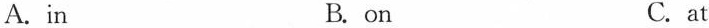
A.in B. on C.at